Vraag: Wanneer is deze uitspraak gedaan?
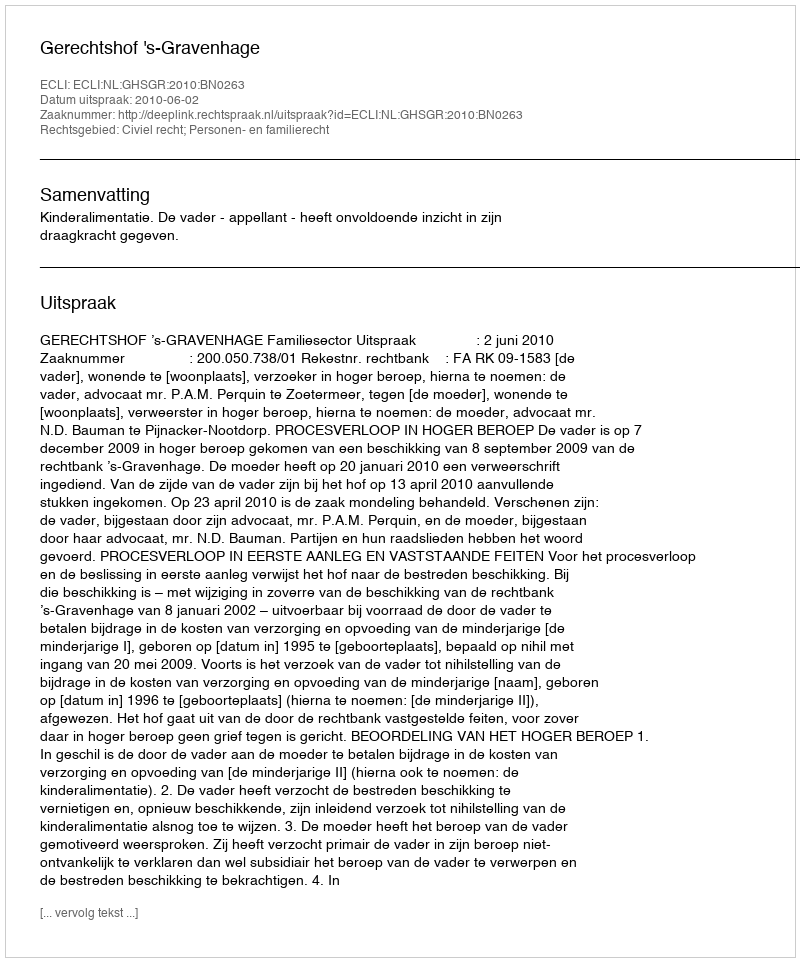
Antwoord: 2010-06-02